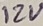
Text: 12V